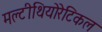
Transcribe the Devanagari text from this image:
मल्टीथियोरेटिकल